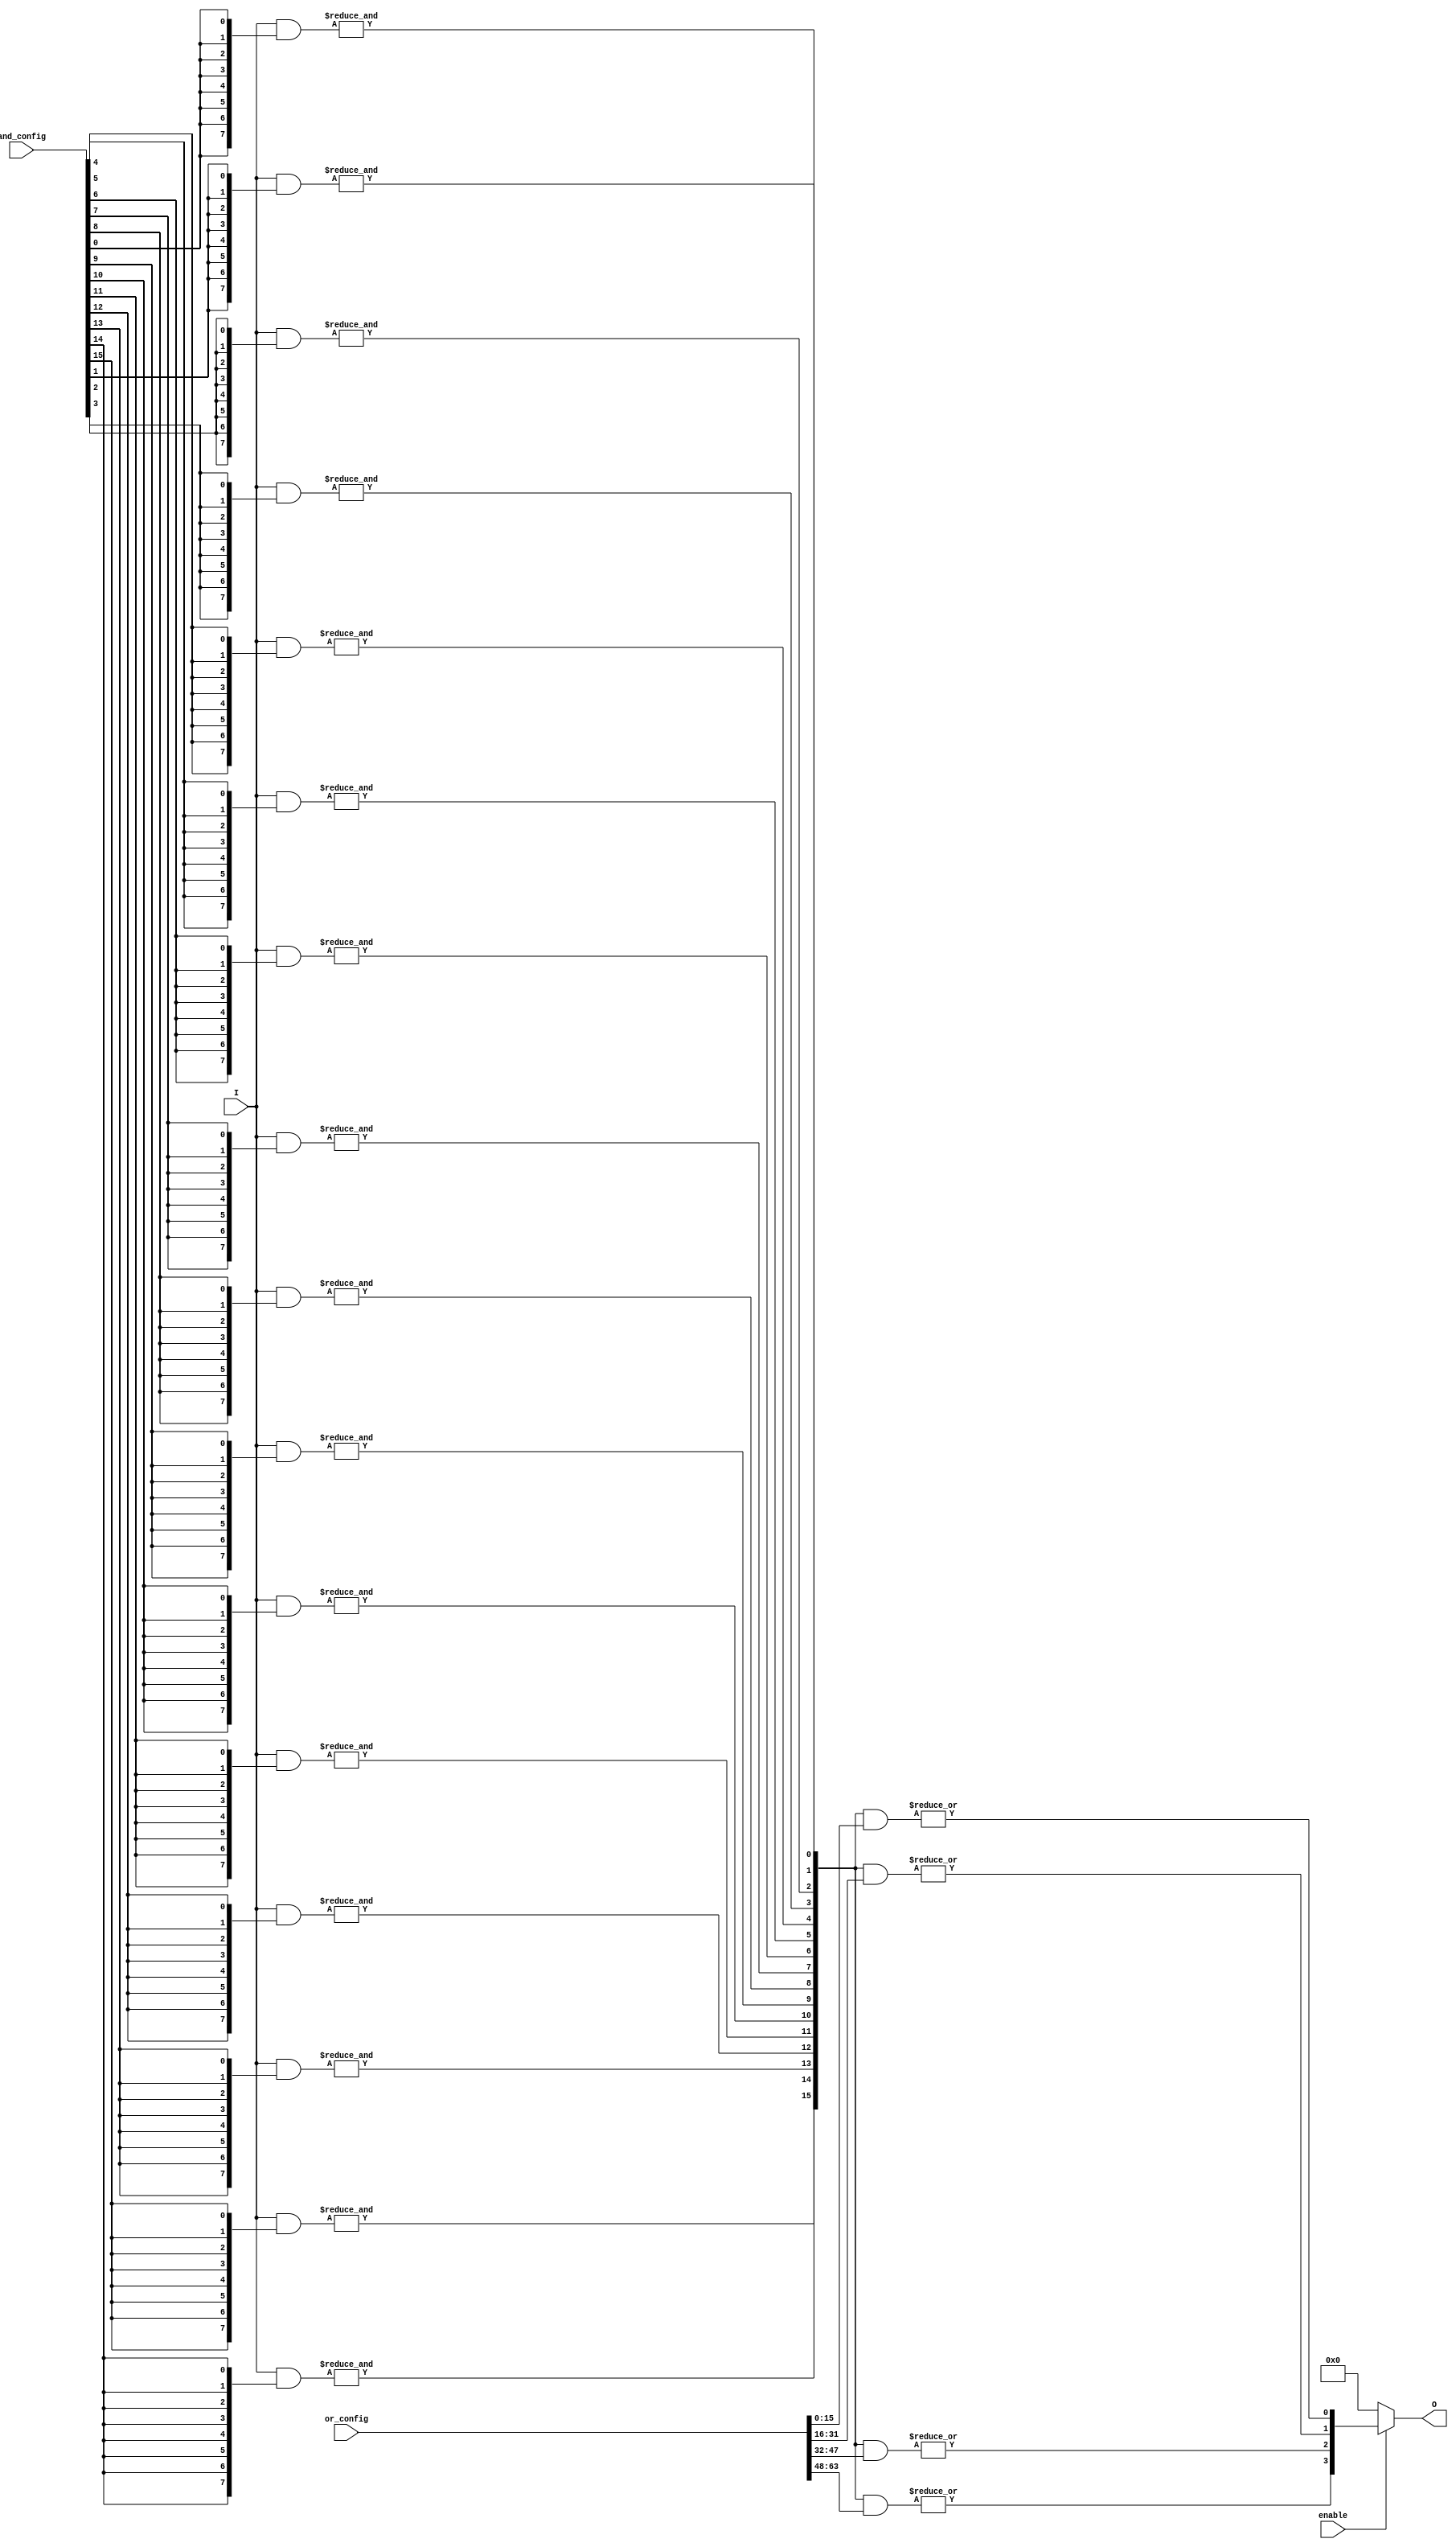
module SPAL #(
    parameter N = 8,  // Number of inputs
    parameter K = 16, // Number of product terms (AND gates)
    parameter L = 4   // Number of outputs (OR gates)
) (
    input  wire [N-1:0] I,               // Input signals
    input  wire [K-1:0] and_config,       // AND gate configuration
    input  wire [L*K-1:0] or_config,      // OR gate configuration
    input  wire enable,                    // Enable signal for the SPAL
    output wire [L-1:0] O                 // Output signals
);

    wire [K-1:0] and_out;                 // Outputs of AND gates
    wire [L-1:0] or_out;                  // Outputs of OR gates

    // Programmable AND array
    genvar i, j;
    generate
        for (i = 0; i < K; i = i + 1) begin : and_array
            wire [N-1:0] and_inputs;
            assign and_inputs = I & {N{and_config[i]}}; // Select inputs based on configuration
            assign and_out[i] = &and_inputs; // AND operation
        end
    endgenerate

    // Programmable OR array
    generate
        for (j = 0; j < L; j = j + 1) begin : or_array
            wire [K-1:0] or_inputs;
            assign or_inputs = and_out & {K{or_config[j*K +: K]}}; // Select product terms based on configuration
            assign or_out[j] = |or_inputs; // OR operation
        end
    endgenerate

    // Output logic
    assign O = enable ? or_out : {L{1'b0}}; // Output based on enable signal

endmodule